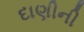
દાણીની